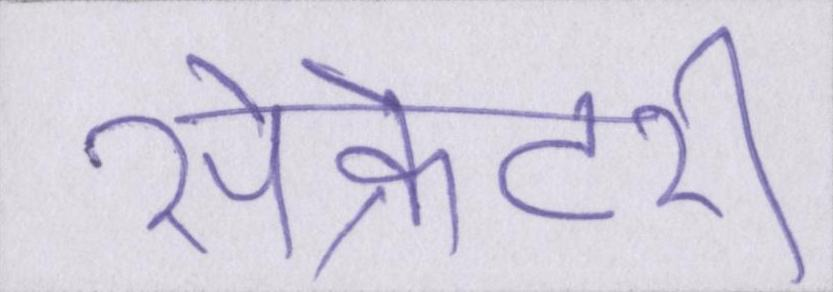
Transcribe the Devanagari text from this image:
सेक्रेटरी